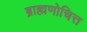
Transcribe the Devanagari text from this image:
ब्राह्मणोचित्त